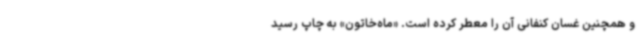
و همچنین غسان کنفانی آن را معطر کرده‌ است. «ماه‌خاتون» به چاپ رسید